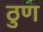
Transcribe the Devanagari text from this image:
ठुण